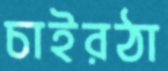
চাইরঠা